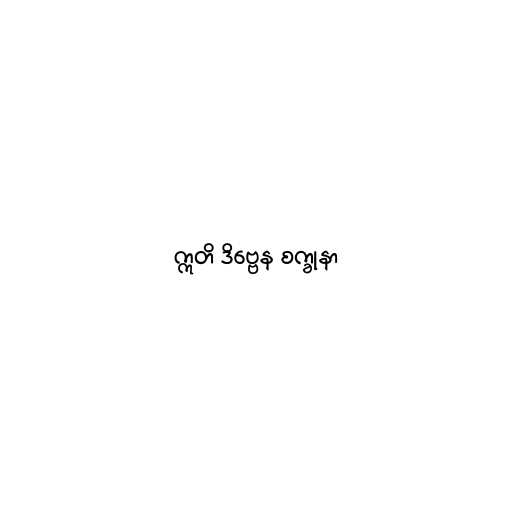
ဣတိ ဒိဗ္ဗေန စက္ခုနာ